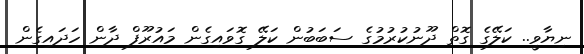
ނިޔާވީ.. ކަލޭގެ ގޮތް ދޫނުކުރުމުގެ ސަބަބުން ކަލޭ ގޮވައިގެން މައުރޫފް ދާން ހަދައިގެން